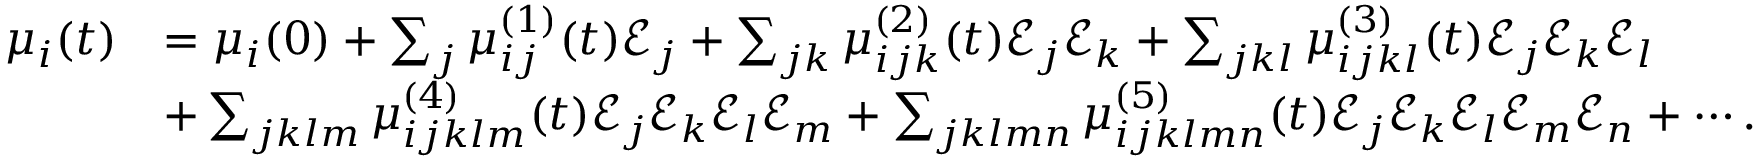
\begin{array} { r l } { \mu _ { i } ( t ) } & { = \mu _ { i } ( 0 ) + \sum _ { j } \mu _ { i j } ^ { ( 1 ) } ( t ) \mathcal { E } _ { j } + \sum _ { j k } \mu _ { i j k } ^ { ( 2 ) } ( t ) \mathcal { E } _ { j } \mathcal { E } _ { k } + \sum _ { j k l } \mu _ { i j k l } ^ { ( 3 ) } ( t ) \mathcal { E } _ { j } \mathcal { E } _ { k } \mathcal { E } _ { l } } \\ & { + \sum _ { j k l m } \mu _ { i j k l m } ^ { ( 4 ) } ( t ) \mathcal { E } _ { j } \mathcal { E } _ { k } \mathcal { E } _ { l } \mathcal { E } _ { m } + \sum _ { j k l m n } \mu _ { i j k l m n } ^ { ( 5 ) } ( t ) \mathcal { E } _ { j } \mathcal { E } _ { k } \mathcal { E } _ { l } \mathcal { E } _ { m } \mathcal { E } _ { n } + \cdots . } \end{array}